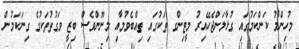
މުހިންމު ކަންކަމުގައި ގުޅާލަންޖެހޭއިރު މީޓިންގ ތަކުގައި ތިއްބެވުމާއި މިނޫންވެސް ބިޒީ ވަގުތުތަކުގެ ގިނަކަމުން